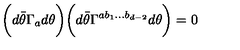
\biggl ( d { \bar { \theta } } \Gamma _ { a } d \theta \biggr ) \biggl ( d { \bar { \theta } } \Gamma ^ { a b _ { 1 } \ldots b _ { d - 2 } } d \theta \biggr ) = 0